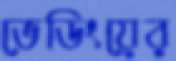
ভেডিংয়ের